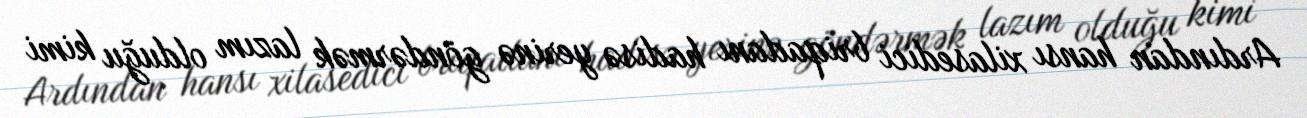
Ardından hansı xilasedici briqadanı hadisə yerinə göndərmək lazım olduğu kimi